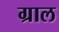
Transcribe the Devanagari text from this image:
ग्राल